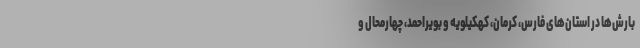
بارش‌ها در استان‌های فارس، کرمان، کهکیلویه و بویراحمد، چهارمحال و